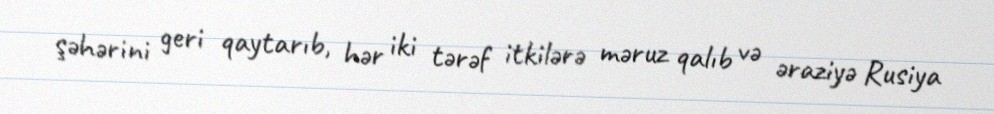
şəhərini geri qaytarıb, hər iki tərəf itkilərə məruz qalıb və əraziyə Rusiya